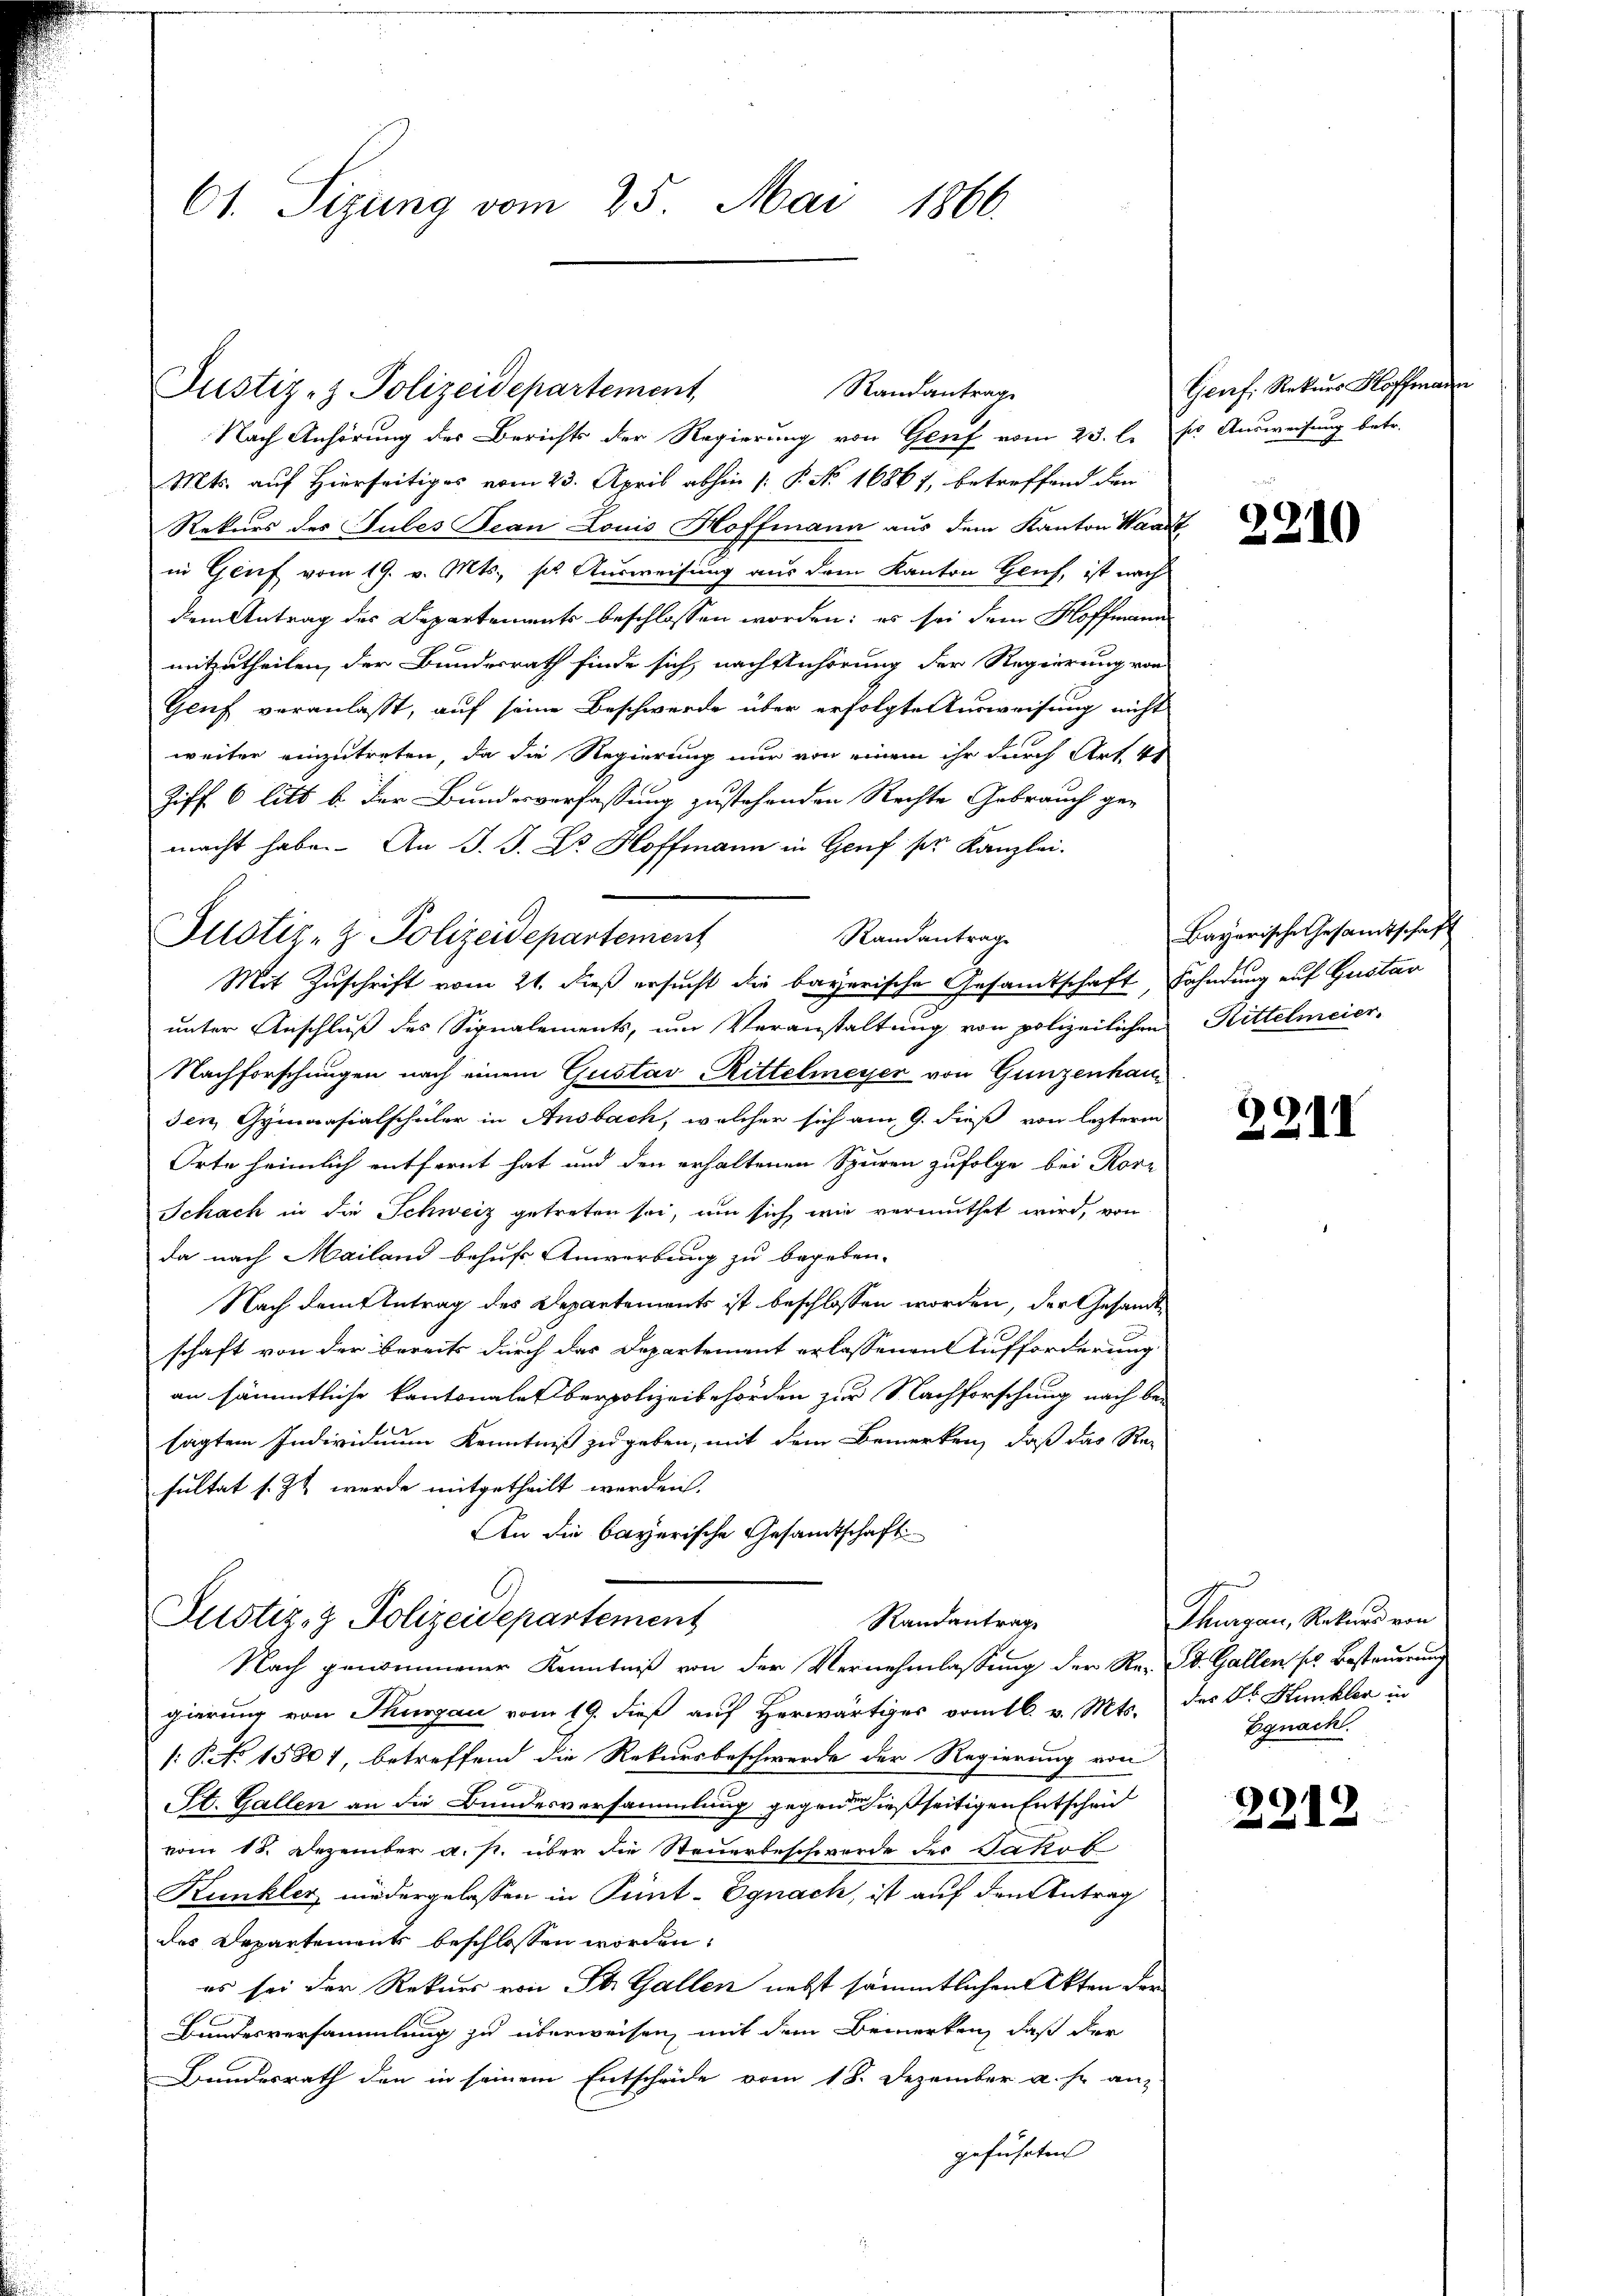
61. Sizung vom 25. Mai 1866.

Justiz- & Polizeidepartement,
Nach Anhörung des Berichts der Regierung von Genf vom 23. l. pro Ausweisung betr.
Mts. auf Hierseitiges vom 23. April abhin (: P. No. 16867, betreffend den
Rekurs des Tules Tean Louis Hoffmann aus dem Kanton Waadt
in Genf vom 19. v. Mts., ses Ausweisung aus dem Kanton Gruf, ist nach
dem Antrag des Departements beschlossen worden; es sei dem Hoffmann
mitzutheilen, der Bundesrath finde sich, nach Anhörung der Regierung von
Geuf veranlasst, auf seine Beschwerde über erfolgte Ausweisung nicht
weiter einzutreten, da die Regierung nur von einem ihr durch Art. 4
Ziff. 6 litt b. der Bundesverfassung zustehenden Rechte Gebrauch ge-
macht habe. An J. J. Dr. Hoffmann in Genf ser Kanzlei.
Randantrage
Mit Zuschrift vom 21. dieß ersucht die bayerische Gesamtschaft, Fahndung auf Gustar
unter Anschluß des Signalements, um Veranstaltung von polizeilichen Rittelmeier-
Nachforschungen nach einem Gustav Rittelmeyer von Gunzenhau
den, Gymnasialschüler in Ansbach, welcher sich am 9. dieß von lezterm
Orte heimlich entfernt hat und den erhaltenen Spuren zufolge bei Korn
Schach in die Schweiz getreten sei, um sich wie vermuthet wird, von
da nach Mailand behuf Anwerbung zu begeben.
Nach dem Antrag des Departements ist beschlossen worden, der Gesandtschaft von der bereits durch das Departement erlassenen Aufforderung
an sämmtliche Kantonale Oberpolizeibehörden zur Nachforschung nach be-
sagten Individuum Kenntniß zu geben, mit dem Bemerken, daß das Resultat s. Zt. werde mitgetheilt werden.
An die bayerische Gesandtschaft

Justiz- & Polizeidepartement

Randantrage

Justiz- & Polizeidepartement
Randantrage
Nach genommener Kenntniß von der Vernehmlassung der Re- St. Gallen ses Besteuerung

gierung von Thurgau vom 19. dieß auf Herwärtiges vom 16. v. Mts. des Dr. Kunkler in
/: P. No 15801, betreffend die Rekursbeschwerde der Regierung von
St. Gallen an die Bundesversammlung gegen dießseitigen Entscheid
vom 15. Dezember a. p. über die Steuerbeschwerde der Jakob
Kunkler niedergelassen in Pünt-Egnach, ist auf den Antrag
des Departements beschlossen worden.
es sei der Rekurs von St. Gallen nebst sämmtlichen Akten der
Bundesversammlung zu überweisen, mit dem Bemerken, daß der
Bundesrath den in seinem Entscheide vom 18. Dezember a. h. an-
geführten

Genf. Rekurs Hoffma

2210

Bayerische Gesamtschaf

2211

Thurgau, Rekurs von
Egnach.

2212